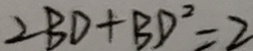
2 B D + B D ^ { 2 } = 2